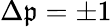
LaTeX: \Delta\mathfrak{p}=\pm1